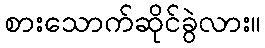
စားသောက်ဆိုင်ခွဲလား။